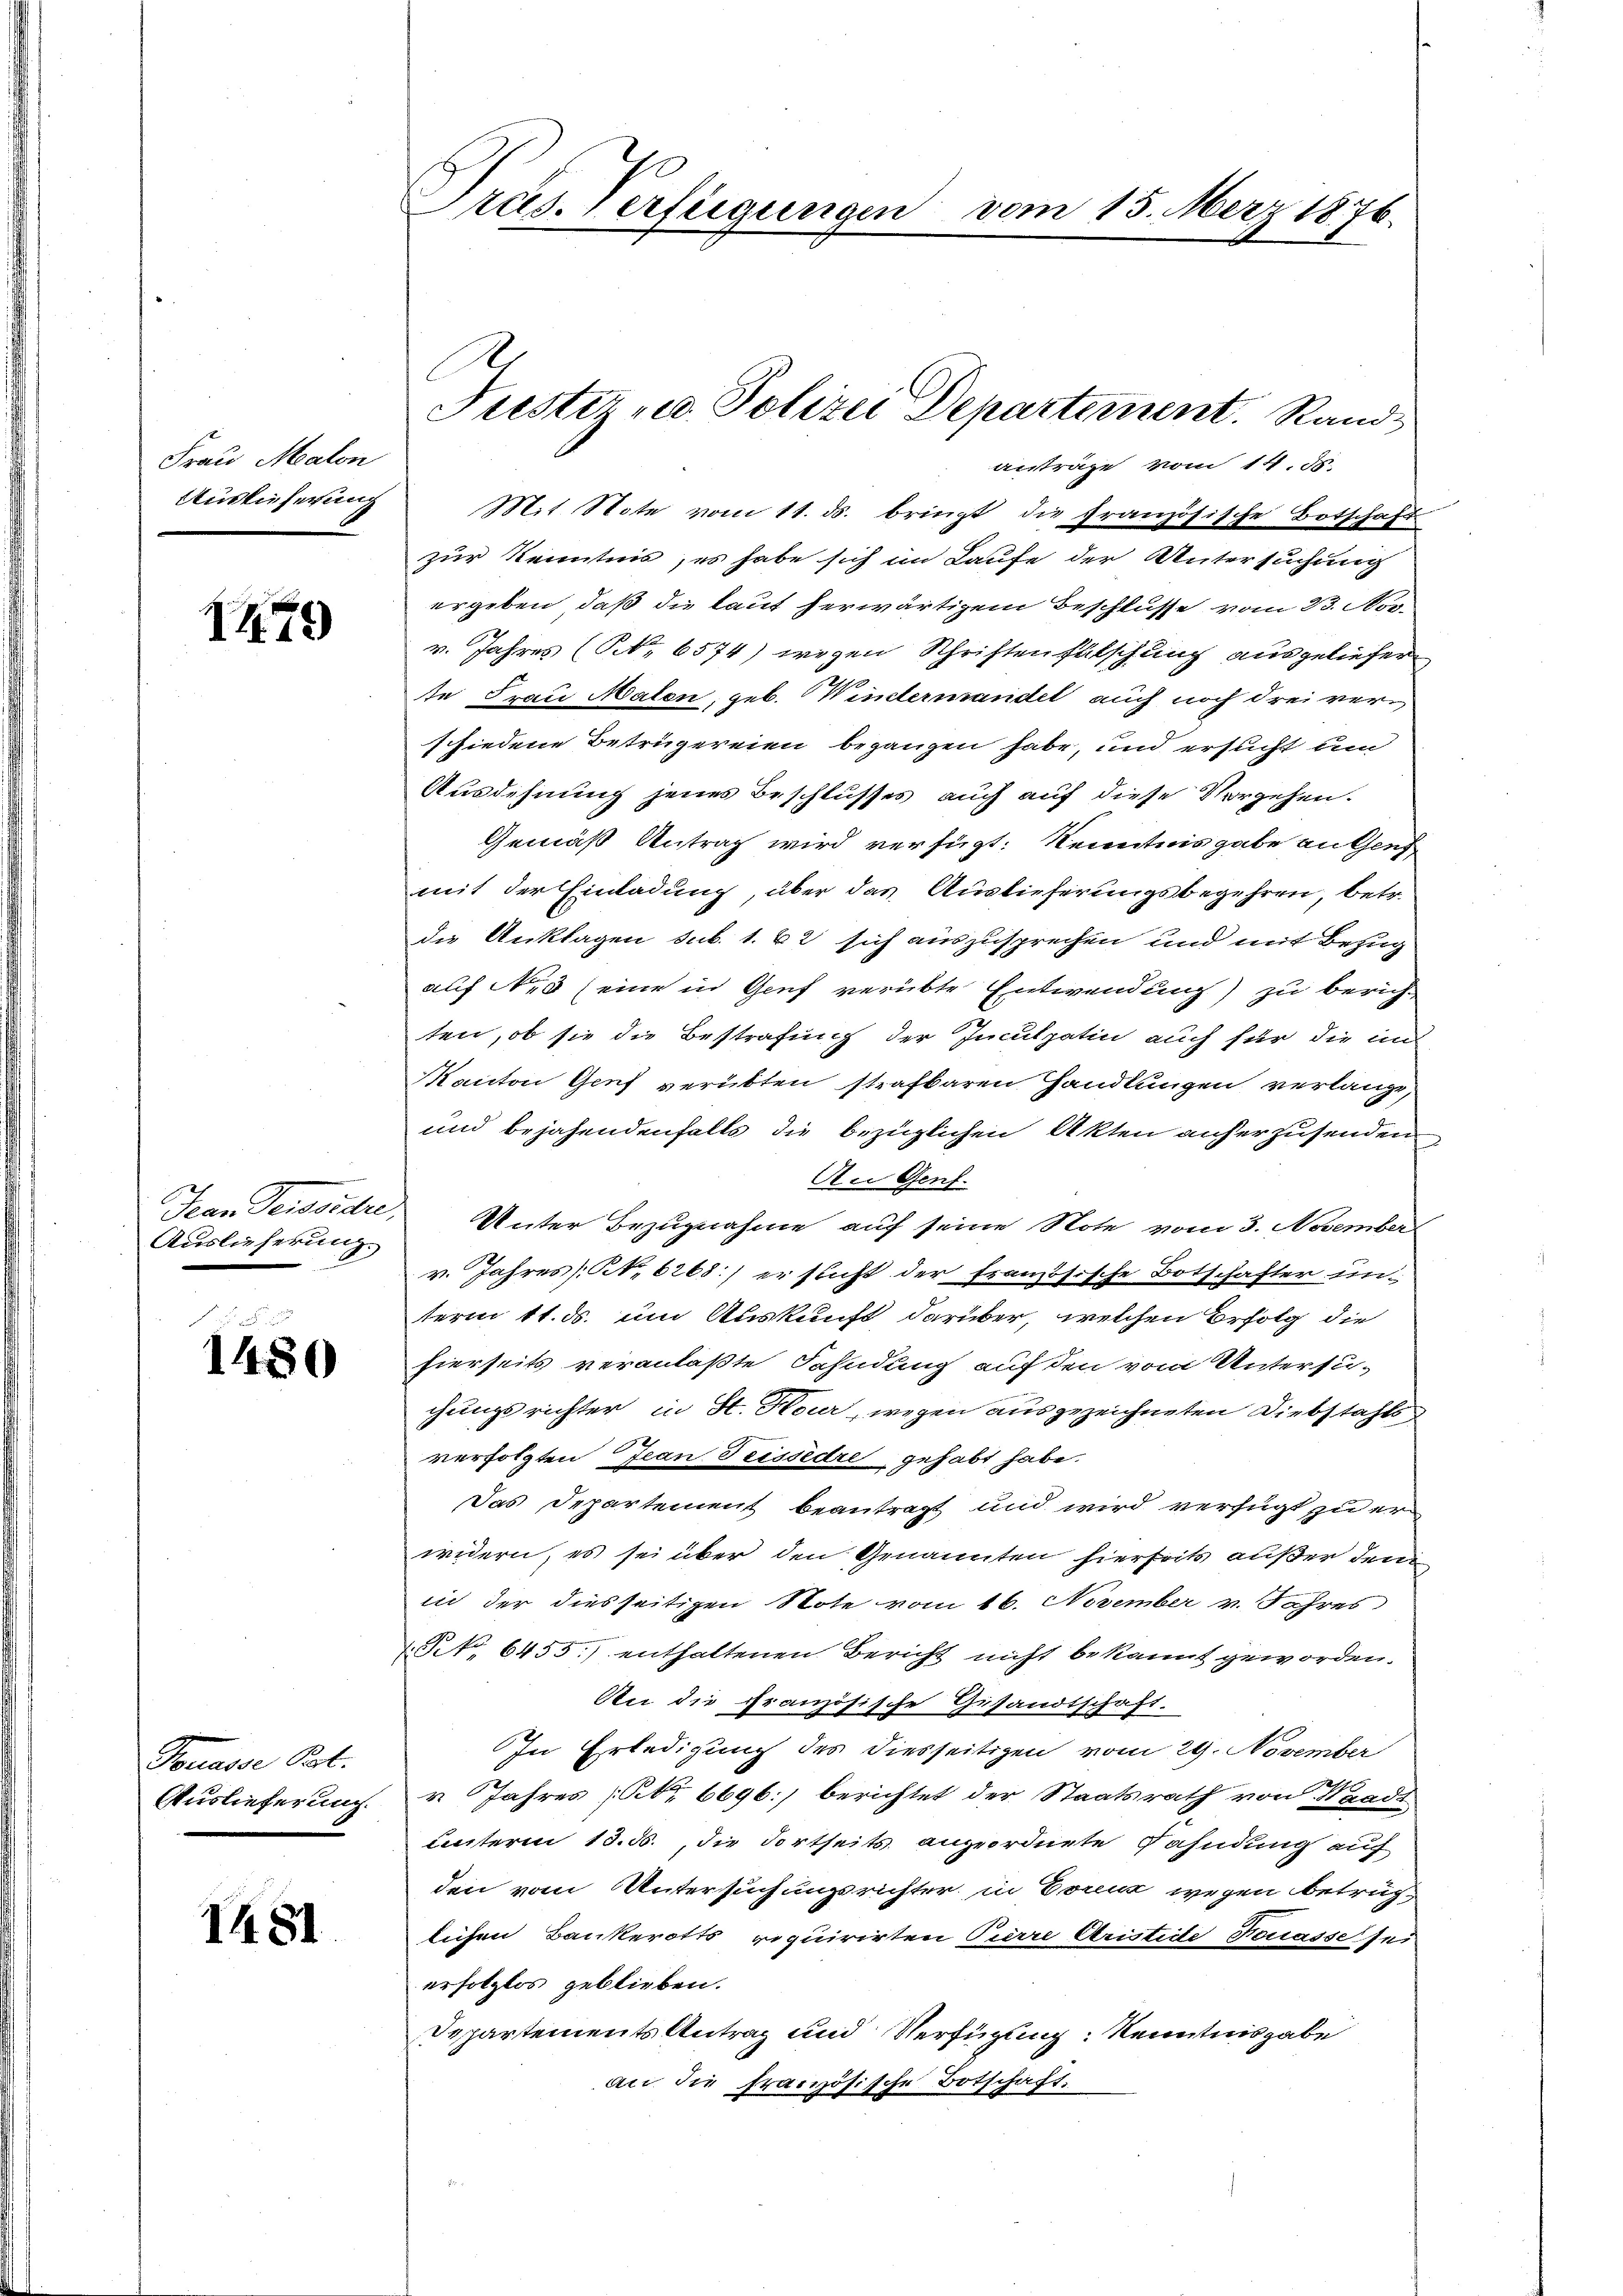
Frau Malon
Auslieferung

1479

Jean Tessiere
Auslieferung.

1480

Sonasse Cat.
Auslieferung.

1481.

s

Pras. Verfügungen vom 15. März 1876.

Mit Note vom 11. ds. bringt die französische Botschaft
zur Kenntnis, es habe sich im Laufe der Untersuchung
ergeben, daß die laut herwärtigem Beschlüsse vom 23. Nov.
v. Jahres (NNo. 6574) wegen Schriftenfälschung ausgeliefer
te Frau Malen, geb. Windermandel auch noch drei verschiedene Betrügereien begangen habe, und ersucht um
Ausdehnung jenes Beschlusses auch auf diese Vorgehen.
Gemäß Antrag wird verfügt: Kenntnis gabe aufen
mit der Einladung, über das Auslieferungsbegehren, betr.
die Anklagen sub. 1. 42 sich auszusprechen und mit Bezug
auf Nr. 3 (eine in Genf verübte Entwendung) zu bericht
ten, ob sie die Bestrafung der Inculpatin auch für die in
Kanton Genf verübten strafbaren Handlungen verlange,
und bejahendenfalls die bezüglichen Akten anherzusenden
An Genf.
Unter Bezugnahme auf seine Note vom 3. November
v. Jahres No. 6268:/ er sicht der französische Botschafter un-
term 11. ds. um Auskunft darüber, welchen Erfolg die
hierseits veranlaßte Fahndung auf den vom Untersu-
chungsrichter in St. Kour, wegen ausgezeichneten Diebstahls
verfolgten Jean Feissedre, gehabt habe.
Das Departement beantragt und wird verfügt zu er
widern, es sei über den Genannten hierseits außer dem
in der diesseitigen Note vom 16. November v. Jahres
NNo. 6455.) enthaltenen Bericht nicht bekannt geworden.
An die französische Gesandtschaft.
In Erledigung des diesseitigen vom 29. November
u Jahres (No 6696] berichtet der Staatsrath von Waadt
unterm 13. 56. die Fortseits angeordnete Kahndung auf
den vom Untersuchungsrichter in Eoruk wegen betrüglichen Bankerotts requirirten Pierre Aristice Decasse sei
erfolglos geblieben.
Departements Antrag und Verfügung Kenntnisgabe
an die französische Botschaft.

Fiester u. Polizei Departement. Rand
anträge vom 14. ds.